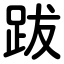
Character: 跋